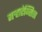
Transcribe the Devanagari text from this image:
मऱ्हाटेन्सिस